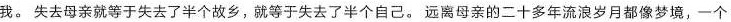
我。失去母亲就等于失去了半个故乡，就等于失去了半个自己。远离母亲的二十多年流浪岁月都像梦境，一个